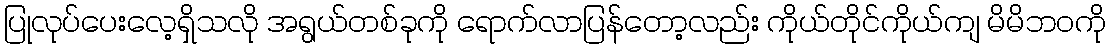
ပြုလုပ်ပေးလေ့ရှိသလို အရွယ်တစ်ခုကို ရောက်လာပြန်တော့လည်း ကိုယ်တိုင်ကိုယ်ကျ မိမိဘဝကို